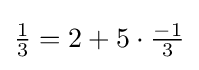
{\tfrac {1}{3}}=2+5\cdot {\tfrac {-1}{3}}